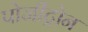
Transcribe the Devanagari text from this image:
पोजीट्रोन